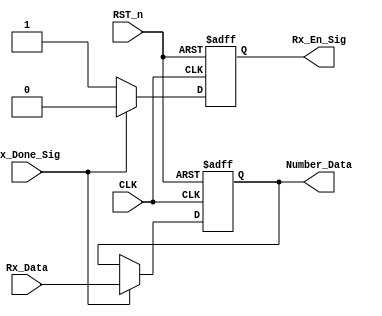
`timescale 1ns / 1ps
//////////////////////////////////////////////////////////////////////////////////
// Company: 
// Engineer: 
// 
// Design Name: 
// Module Name:    control_module 
// Project Name: 
// Target Devices: 
// Tool versions: 
// Description: 
//
// Dependencies: 
//
// Revision: 
// Revision 0.01 - File Created
// Additional Comments: 
//
//////////////////////////////////////////////////////////////////////////////////
module demo_control_module(
    CLK,
    RST_n,
    Rx_Done_Sig,
    Rx_Data,
    Rx_En_Sig,
    Number_Data
    );
    
    input CLK;
    input RST_n;
    input Rx_Done_Sig;
    input [7:0]Rx_Data;
    
    output Rx_En_Sig;
    output [7:0]Number_Data;
    
    reg isEn;
    reg [7:0]number;
    
    always @(posedge CLK or negedge RST_n) begin
        if (!RST_n) begin
            isEn <= 1'b0;
            number <= 8'd0;
        end
        else if (Rx_Done_Sig) begin
            number <= Rx_Data;
            isEn <= 1'b0;
        end
        else begin
            isEn <= 1'b1;
        end
    end
    
    assign Rx_En_Sig = isEn;
    assign Number_Data = number;
    
endmodule